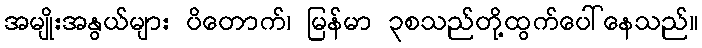
အမျိုးအနွယ်များ ပိတောက်၊ မြန်မာ ၃စသည်တို့ထွက်ပေါ်နေသည်။